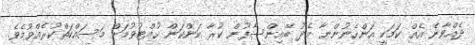
ދެއްވާނެ އެއް ކަމަކީ އަންހެނުންނާ މެދު ބޭއިންސާފުން ކުރާ ކަންކަން ހުއްޓުވުމަށް މަސައްކަތްކުރެއްވުމެވެ.